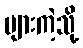
များကဲ့သို့